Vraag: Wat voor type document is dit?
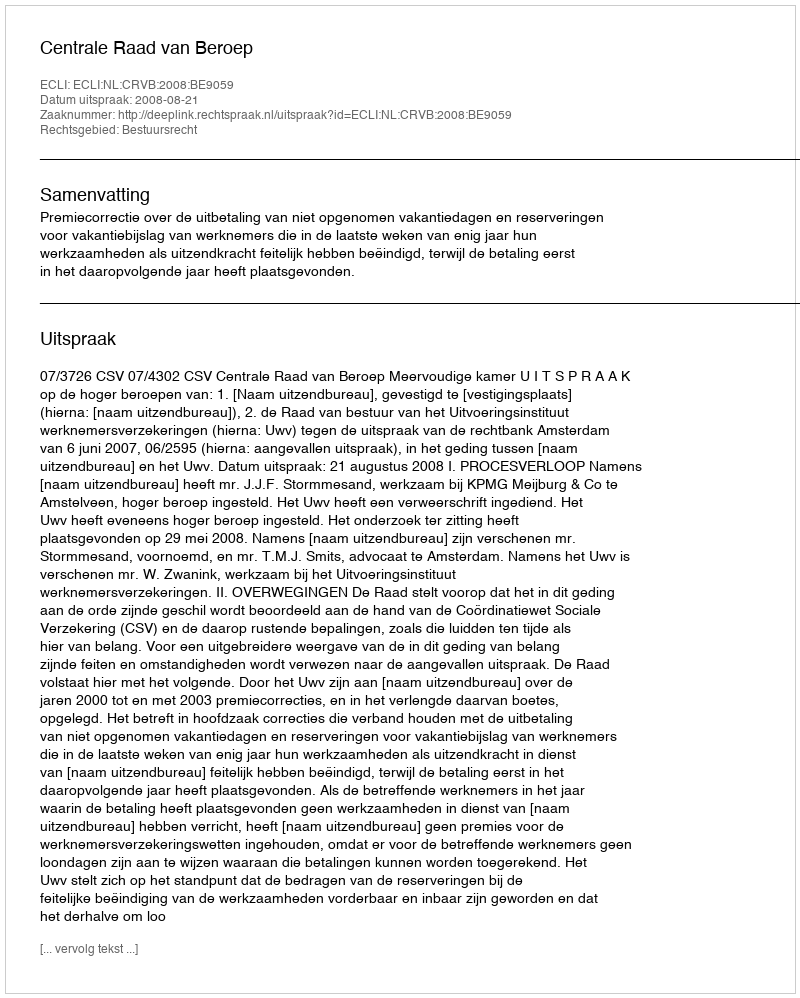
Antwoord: Uitspraak